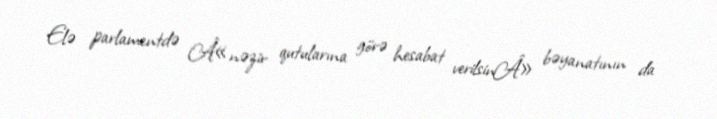
Elə parlamentdə Â«nəzir qutularına görə hesabat verilsinÂ» bəyanatının da